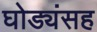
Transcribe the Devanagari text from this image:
घोड्यंसह